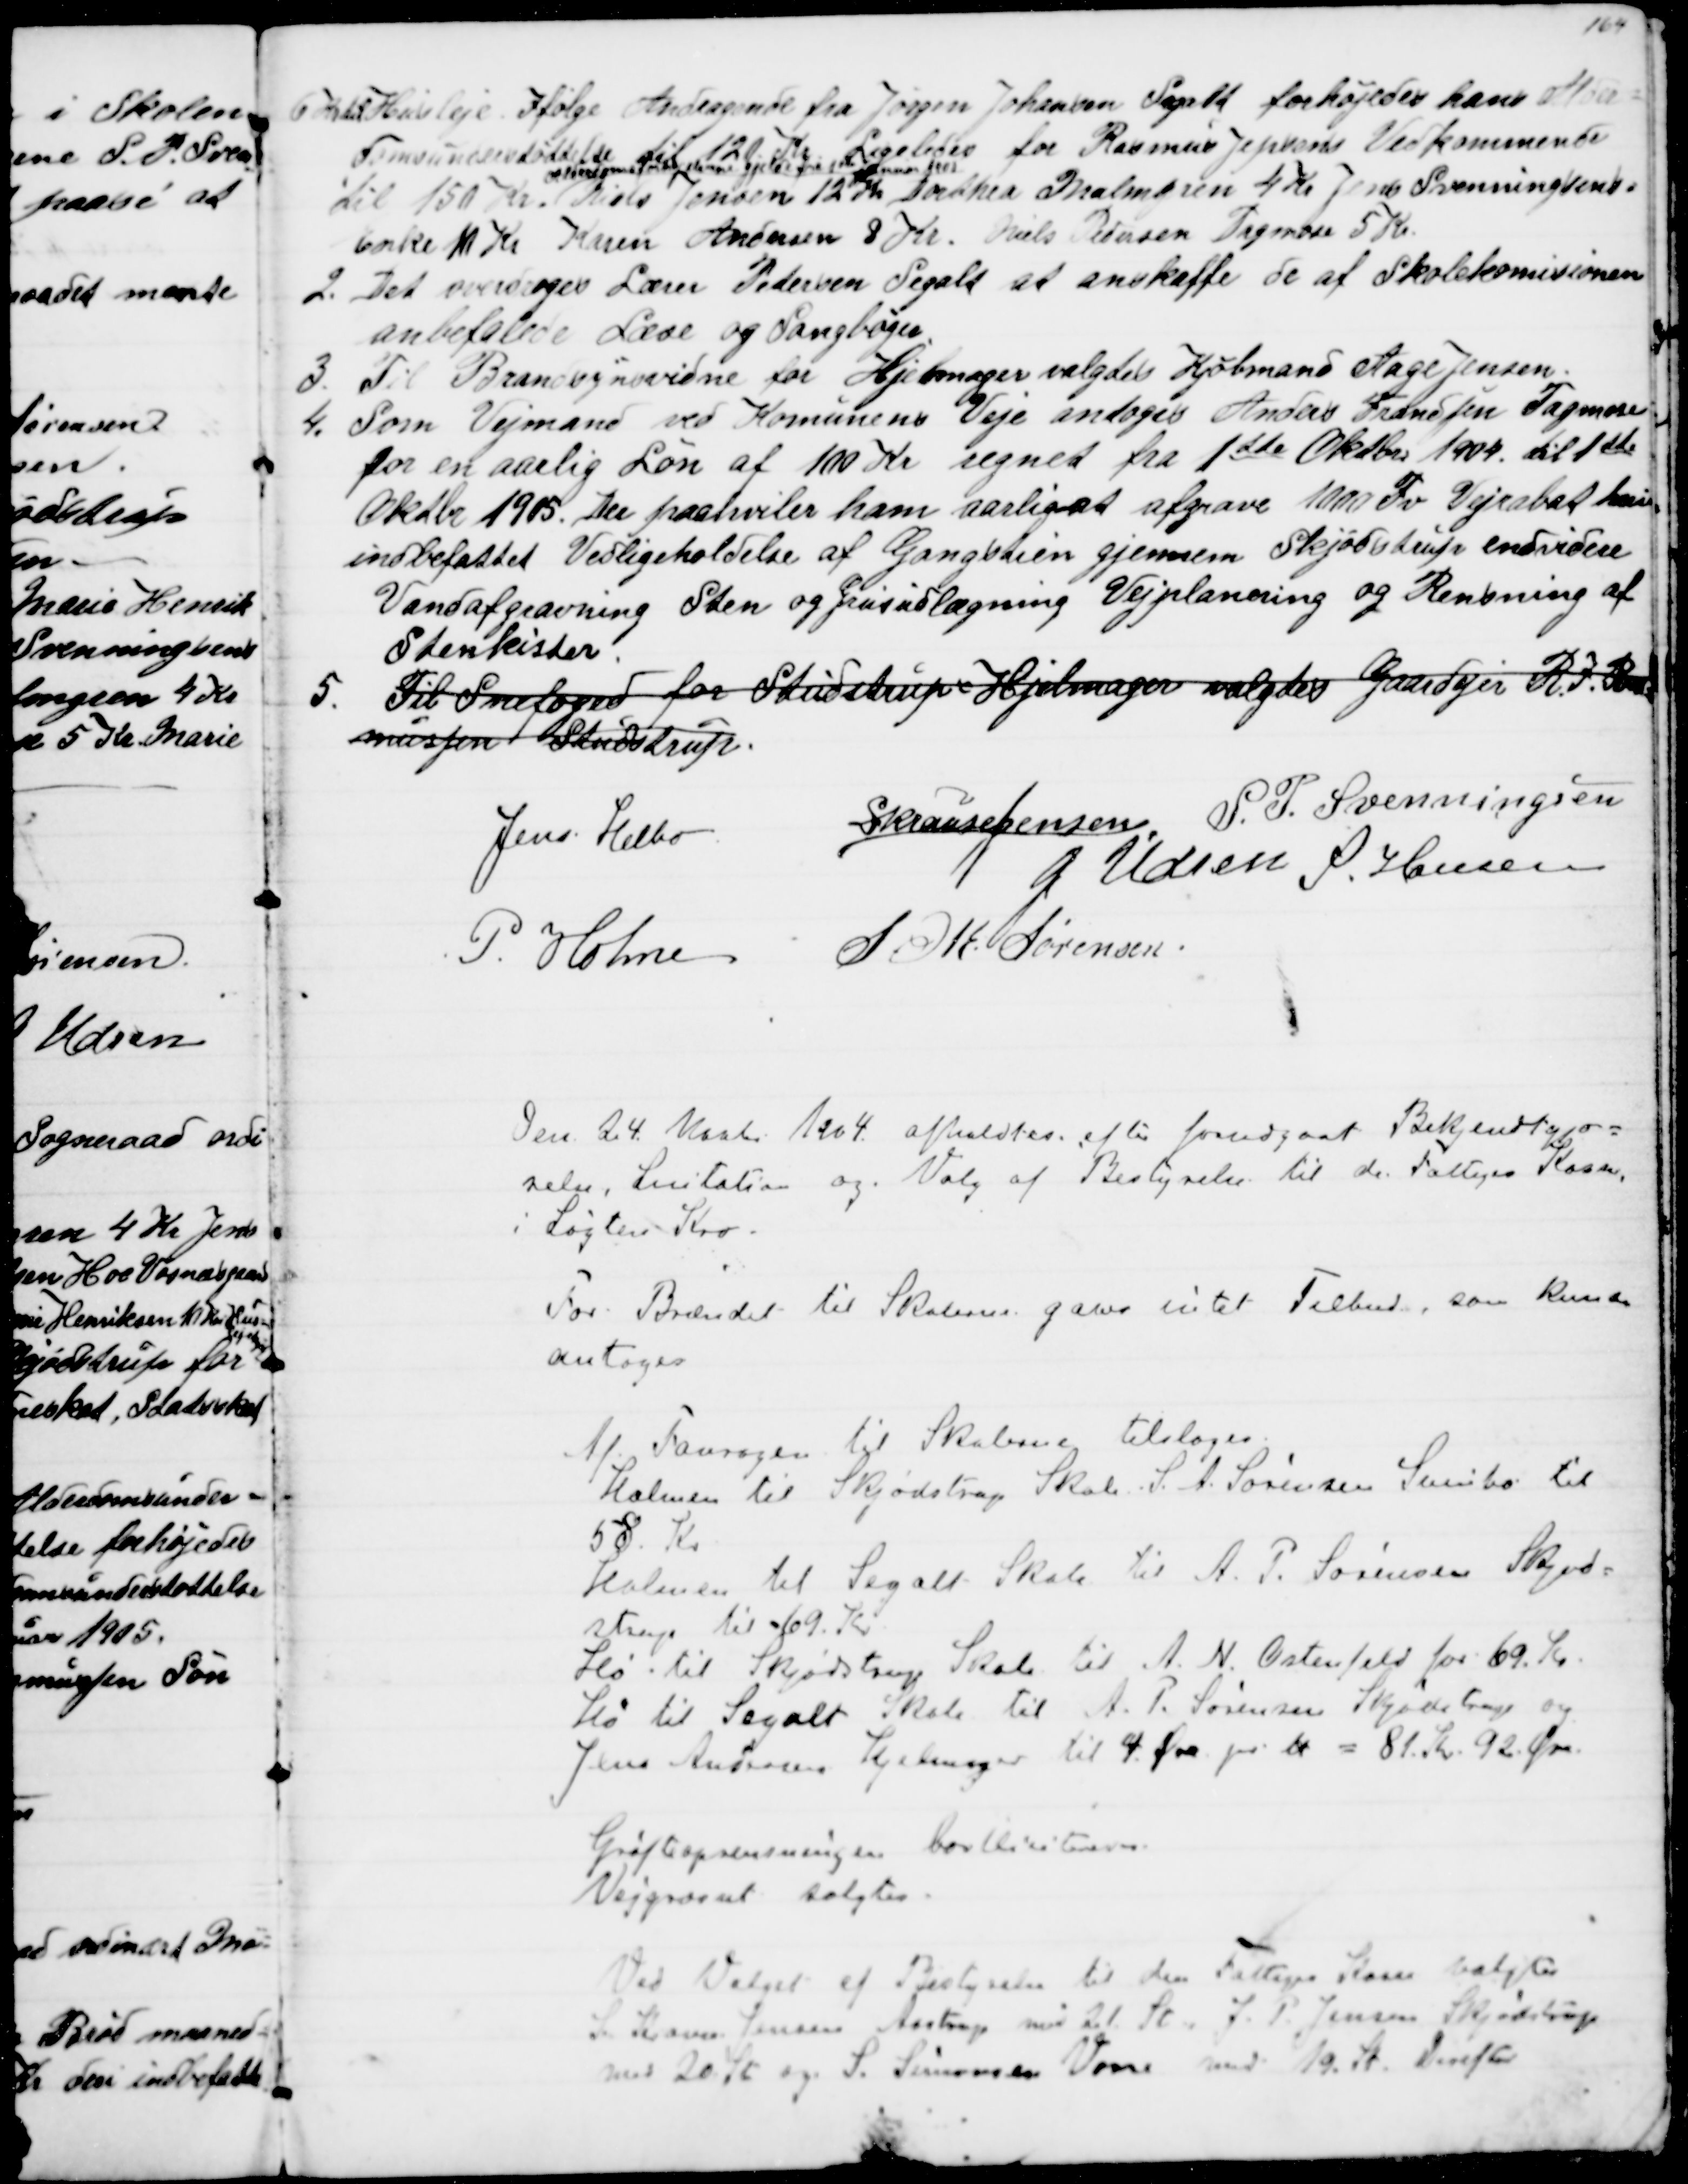
Transskription:
6 Kr til Husleje. Ifølge Andragende fra Jørgen Johansen Segalt forhøjedes hans Alder=
domunderstøttelse til 120 Kr. Ligeledes for Rasmus Jepsens Vedkommende
til 150 Kr. 
Alderdomsunderstøttelse denne gjælde fra1 ste Januar 1905
 Niels Jensen 12 Kr Dorthea Malmgren 4 Kr Jens Svenningsens
Enke 10 Kr Karen Andersen 8 Kr. Niels Pedersen Tagmose 5 Kr.
2. Det overdroges Lærer Pedersen Segalt at anskaffe de af Skolekomisionen
anbefalede Læse og Sangbøger
3.
Til Brandsynsvidne for Hjelmager valgtes Kjøbmand Aage Jensen.
4. 
Som Vejmand ved Komunens Veje antoges Anders Frandsen Tagmose
for en aarlig Løn af 100 Kr regnet fra 1ste Oktbr 1904. til 1ste
Oktbr 1905. Der paahviler ham aarlig at afgrave 1000 Fv Vejrabat heri
indbefattet Vedligeholdelse af Gangstien gjennem Skjødstrup endvidere
Vandafgravning Sten og Grusudlægning Vejplanering og Rensning af
Stenkister.
5.
Til Snefoged for Studstrup Hjelmager valgtes Gaardejer R. J. Ras
mussen Studstrup.
Jens Helbo
S Krause Jensen S. P. Svenningsen
J. Udsen S. Hansen
P. Holme S. M. Sørensen
Den 24. Novb 1904. afholdtes efter forudgaat Bekendtgjø=
relse, Licitation og Valg af Bestyrelse til de Fattiges Kasse
i Løgten Kro.
For Brændet til Skolerne gaves intet Tilbud, som kunde
antages
Af Fouragen til Skolerne tilsloges
Halmen til Skjødstrup Skole. S. A. Sørensen Svinbo til
58 Kr.
Halmen til Segalt Skole til A. P. Sørensen Skjød=
strup til af 69 Kr
Hø til Skjødstrup Skole til A. N. Ostenfeld for 69 Kr.
Hø til Segalt Skole til A. P. Sørensen Skjødstrup og
Jens Andersen Hjelmager til 4 Øre pr. ℔ = 81 Kr. 92 Øre.
Grøfteoprensningen bortliciteredes
Vejgræsset solgtes
Ved Valget af Bestyrelse til den Fattiges Kasse valgtes
S. Krause Jensen Aastrup med 21. St. J. P. Jensen Skjødstrup
med 20 St og S. Simonsen Vorre med 19. St. Derefter